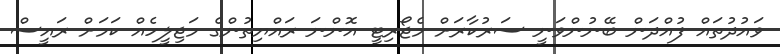
ވައުދުތައް ފުއްދަން ބޭނުންވަނީ ސަރުކާރަށް މެޖޯރިޓީ އޮންނަ ރައްޔިތުންގެ މަޖިލީހެއް ކަމަށް ރައީސް